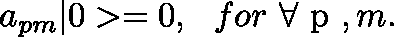
a _ { p m } | 0 > = 0 , \ \ f o r \ \forall \mathrm { \boldmath ~ p ~ } , m .